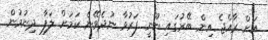
އަށް ރާއްޖެ އިން ބޭރުގައި ނޫނީ ފަރުވާ ނުދެވޭނެ ކަމަށް ލަފާ ދިނުމުން